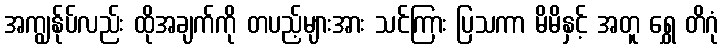
အကျွန်ုပ်လည်း ထိုအချက်ကို တပည့်များအား သင်ကြား ပြသကာ မိမိနှင့် အတူ ရွှေ တိဂုံ